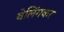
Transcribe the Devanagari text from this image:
वेलिंगकर